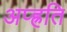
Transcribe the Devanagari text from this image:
अप्ह्रति